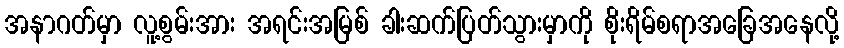
အနာဂတ်မှာ လူ့စွမ်းအား အရင်းအမြစ် ခါးဆက်ပြတ်သွားမှာကို စိုးရိမ်စရာအခြေအနေလို့